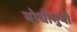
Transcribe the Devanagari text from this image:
बोधीमुनी